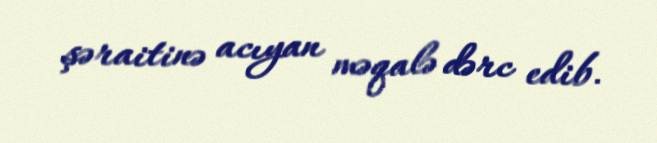
şəraitinə acıyan məqalə dərc edib.